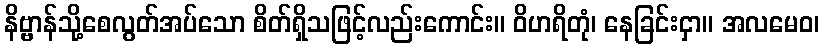
နိဗ္ဗာန်သို့စေလွတ်အပ်သော စိတ်ရှိသဖြင့်လည်းကောင်း။ ဝိဟရိတုံ၊ နေခြင်းငှာ။ အလမေဝ၊